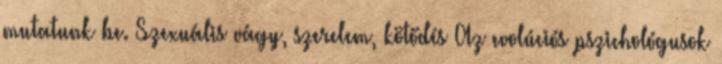
mutatunk be. Szexuális vágy, szerelem, kötődés Az evolúciós pszichológusok